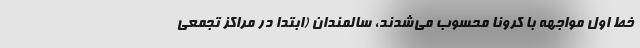
خط اول مواجهه با کرونا محسوب می‌شدند، سالمندان (ابتدا در مراکز تجمعی